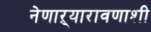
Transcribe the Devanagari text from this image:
नेणाऱ्यारावणाशी